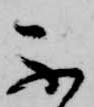
不